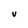
Character: v